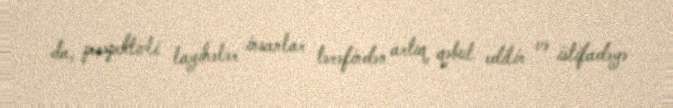
da, perspektivli layihələr insanlar tərəfindən artıq qəbul edilir və istifadəyə